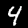
Label: 4